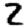
Digit: 2